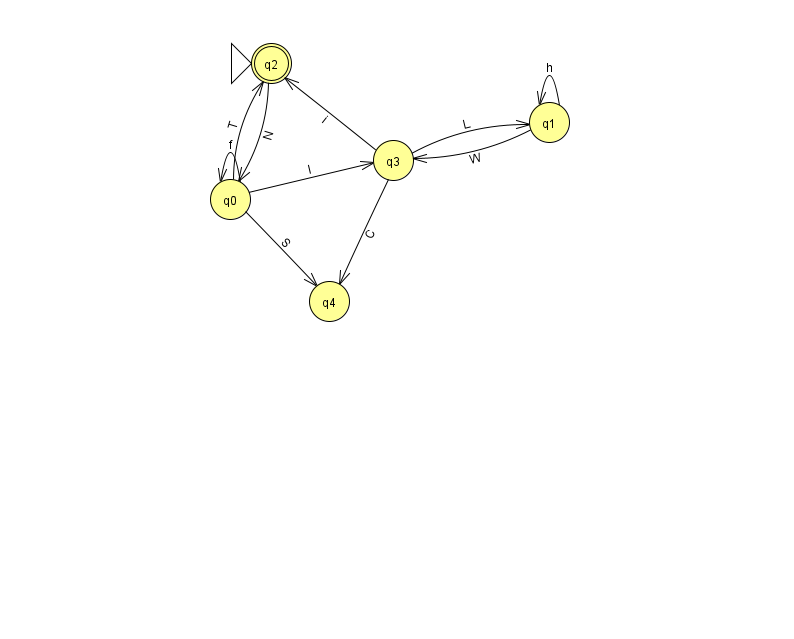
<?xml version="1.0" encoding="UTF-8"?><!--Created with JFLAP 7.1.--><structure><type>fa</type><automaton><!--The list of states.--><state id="0" name="q0"><x>230.0</x><y>186.0</y></state><state id="1" name="q1"><x>549.0</x><y>109.0</y></state><state id="2" name="q2"><x>271.0</x><y>50.0</y><initial/><final/></state><state id="3" name="q3"><x>393.0</x><y>147.0</y></state><state id="4" name="q4"><x>329.0</x><y>288.0</y></state><!--The list of transitions.--><transition><from>0</from><to>4</to><read>S</read></transition><transition><from>3</from><to>4</to><read>C</read></transition><transition><from>1</from><to>3</to><read>W</read></transition><transition><from>2</from><to>0</to><read>N</read></transition><transition><from>0</from><to>0</to><read>f</read></transition><transition><from>3</from><to>2</to><read>i</read></transition><transition><from>1</from><to>1</to><read>h</read></transition><transition><from>0</from><to>3</to><read>I</read></transition><transition><from>3</from><to>1</to><read>L</read></transition><transition><from>0</from><to>2</to><read>T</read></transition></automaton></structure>